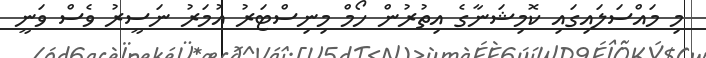
މި މައްސަލައިގައި ކޮމިޝަނާގެ އިތުރުން ހޯމް މިނިސްޓަރު އުމަރު ނަސީރު ވެސް ވަނީ